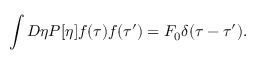
\int D \eta P [ \eta ] f ( \tau ) f ( \tau ^ { \prime } ) = F _ { 0 } \delta ( \tau - \tau ^ { \prime } ) .